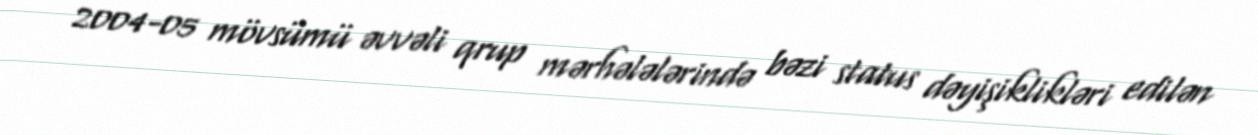
2004-05 mövsümü əvvəli qrup mərhələlərində bəzi status dəyişiklikləri edilən